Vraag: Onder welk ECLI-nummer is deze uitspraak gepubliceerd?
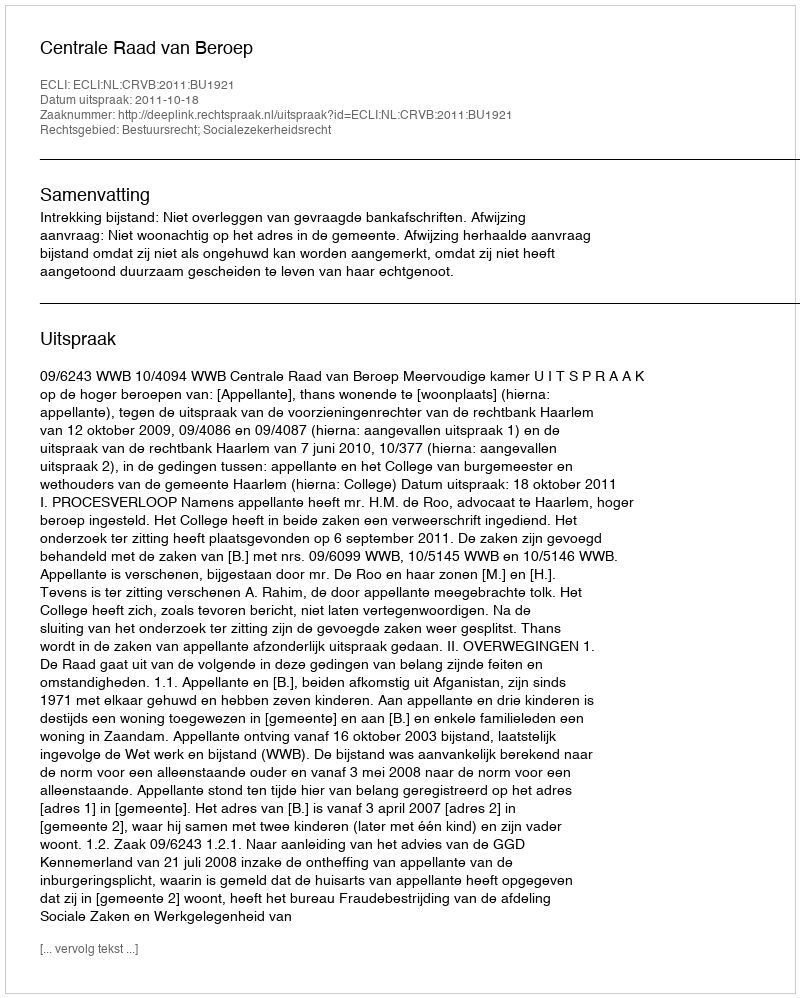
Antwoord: ECLI:NL:CRVB:2011:BU1921